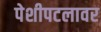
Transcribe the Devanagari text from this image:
पेशीपटलावर